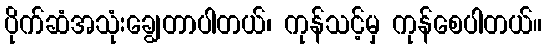
ပိုက်ဆံအသုံးချွေတာပါတယ်၊ ကုန်သင့်မှ ကုန်စေပါတယ်။